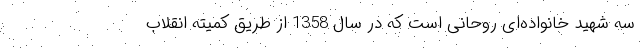
سه شهید خانواده‌ای روحانی است که در سال 1358 از طریق کمیته انقلاب